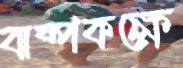
বাষ্পকক্ষে